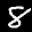
Label: 8